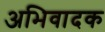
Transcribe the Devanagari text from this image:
अभिवादक